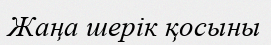
Жаңа шерік қосыны